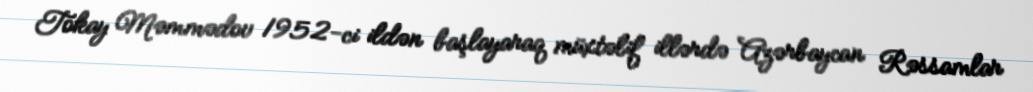
Tokay Məmmədov 1952-ci ildən başlayaraq müxtəlif illərdə Azərbaycan Rəssamlar